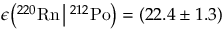
\epsilon \big ( { } ^ { 2 2 0 } \mathrm { R n } \, \big | \, { } ^ { 2 1 2 } \mathrm { P o } \big ) = ( 2 2 . 4 \pm 1 . 3 ) \